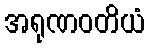
အရုဏဝတိယံ